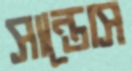
সান্তোস